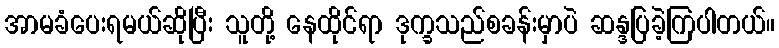
အာမခံပေးရမယ်ဆိုပြီး သူတို့ နေထိုင်ရာ ဒုက္ခသည်စခန်းမှာပဲ ဆန္ဒပြခဲ့ကြပါတယ်။